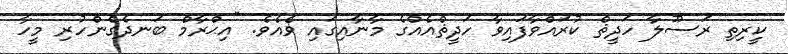
ކީރިތި ރަސޫލާ ހަދީޘް ކުރައްވާފައިވާ ހަދީޘްއެއްގެ މާނާއިގައި ވެއެވެ. "އިޙްރާމް ބަނދެގެންހުރި މީހާ